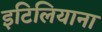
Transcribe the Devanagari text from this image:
इटिलियाना